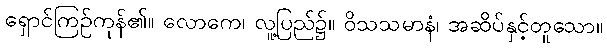
ရှောင်ကြဉ်ကုန်၏။ လောကေ၊ လူ့ပြည်၌။ ဝိသသမာနံ၊ အဆိပ်နှင့်တူသော။